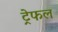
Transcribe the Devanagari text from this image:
ट्रेफल